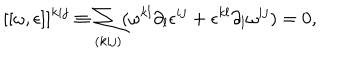
LaTeX: [ [ \omega , \epsilon ] ] ^ { k i j } \equiv \sum _ { ( k i j ) } ( \omega ^ { k l } \partial _ { l } \epsilon ^ { i j } + \epsilon ^ { k l } \partial _ { l } \omega ^ { i j } ) = 0 ,